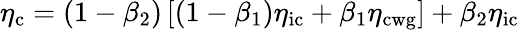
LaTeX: \eta_{\mathrm{c}}=\left(1-\beta_{2}\right)\left[(1-\beta_{1})\eta_{\mathrm{ic}}+\beta_{1}\eta_{\mathrm{cwg}}\right]+\beta_{2}\eta_{\mathrm{ic}}